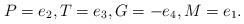
LaTeX: \begin{align*}P=e_2,T=e_3,G=-e_4,M=e_1.\end{align*}